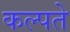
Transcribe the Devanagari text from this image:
कल्पते